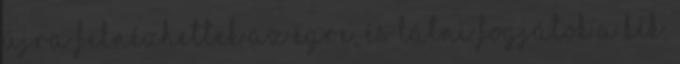
Újra felnézhettek az égre, és látni fogjátok a kék,